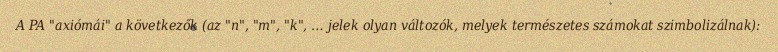
A PA "axiómái" a következők (az "n", "m", "k", … jelek olyan változók, melyek természetes számokat szimbolizálnak):